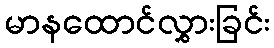
မာနထောင်လွှားခြင်း